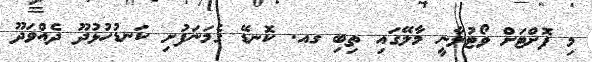
މި ފޮށްޓަށް ވޯޓުލާނީ މާލޭގައި ތިބި ގއ. ކޮނޑޭ ގެމަނަފުށި ކަނޑުހުޅުދޫ ދެއްވަދޫ